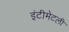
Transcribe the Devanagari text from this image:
इंटीमेटली